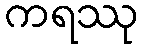
ကရဿု